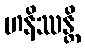
ဟနိဿန္တိ